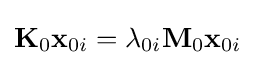
\mathbf {K} _{0}\mathbf {x} _{0i}=\lambda _{0i}\mathbf {M} _{0}\mathbf {x} _{0i}